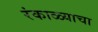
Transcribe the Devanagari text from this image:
रंकाळ्याचा